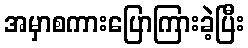
အမှာစကားပြောကြားခဲ့ပြီး